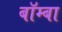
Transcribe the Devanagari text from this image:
बॉम्बा